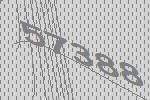
57388